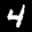
Label: 4